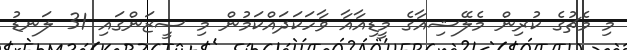
މި މެޗުގެ ކުރިން މެލޭޝިއާގެ މީޑިއާއާ ވާހަކަދައްކަމުން މި ސީޒަންގައި 31 ލަނޑު